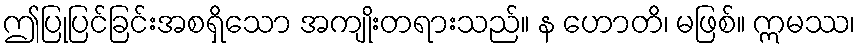
ဤပြုပြင်ခြင်းအစရှိသော အကျိုးတရားသည်။ န ဟောတိ၊ မဖြစ်။ ဣမဿ၊